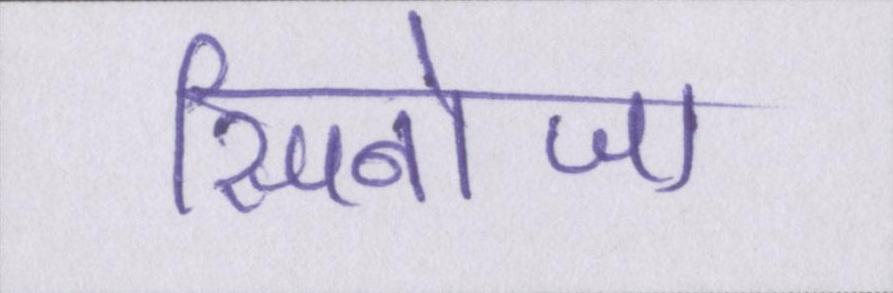
स्पिनोजा